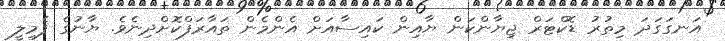
އަނގަގަދަ މިތުރު ޑޮކްޓަރް ޖިޔާންކަން ޔާއިން ކައިސާއަށް އެންމެން ތައާރަފްކޮށްދިނެވެ. ޔާނުގެ ފެމިލީ